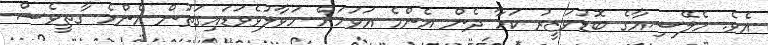
އެވެ. މެލޭޝިއާގެ ބޮޑުވަޒީރު ކަމާ ދެން އެންމެ އަވަހަށް ހަވާލުވެވަޑައިގަތުން އެންމެ ގާތީވެސް